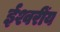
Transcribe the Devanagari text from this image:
ईश्वरींय